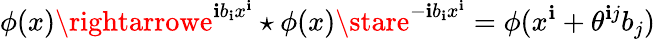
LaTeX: \phi(x)\rightarrowe^{\mathbf{i}b_{\mathbf{i}}x^{\mathbf{i}}}\star\phi(x)\stare^{-\mathbf{i}b_{\mathbf{i}}x^{\mathbf{i}}}=\phi(x^{\mathbf{i}}+\theta^{\mathbf{i}j}b_{j})